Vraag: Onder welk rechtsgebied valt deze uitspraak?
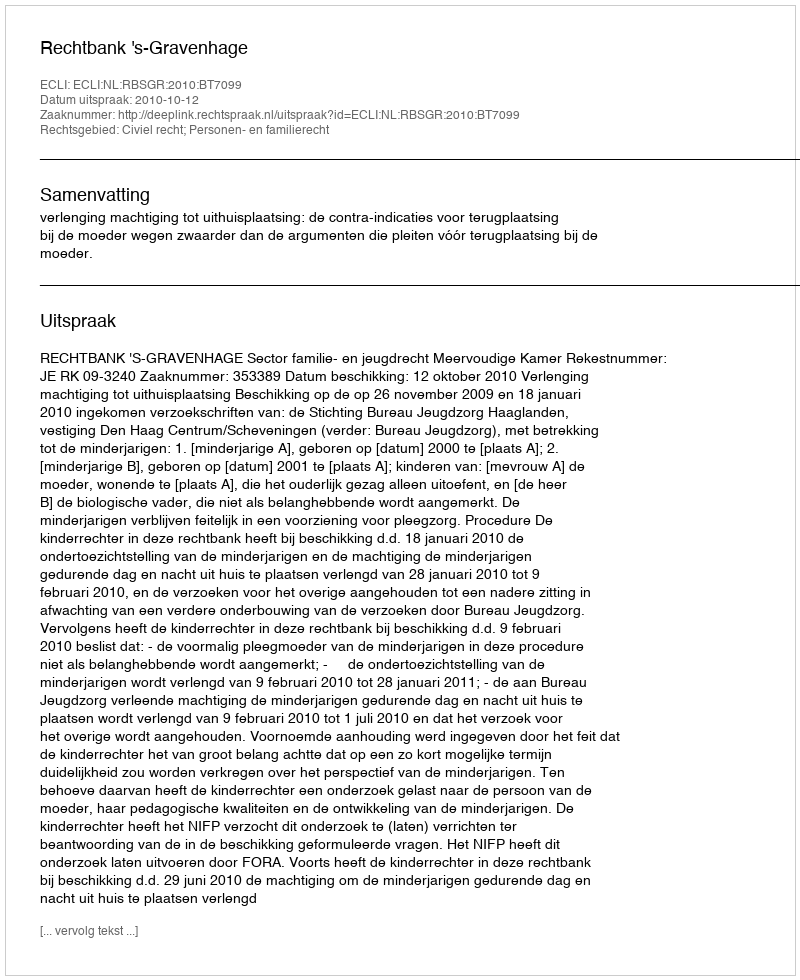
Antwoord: Civiel recht; Personen- en familierecht